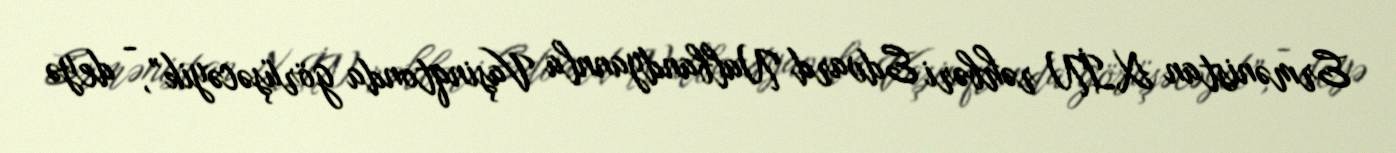
Ermənistan XİN rəhbəri Edvard Nalbandyannla Vaşinqtonda görüşəcəyik”, - deyə